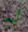
له